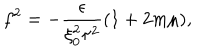
f ^ { 2 } = - \frac { \epsilon } { \xi _ { 0 } ^ { 2 } \tau ^ { 2 } } ( 1 + 2 m \mu ) ,